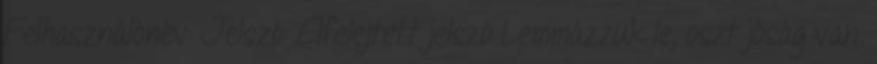
Felhasználónév: Jelszó: Elfelejtett jelszó Lemmázzuk le, oszt jóság van.